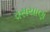
વસયાણ